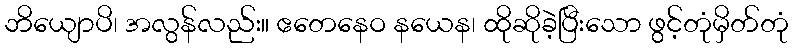
ဘိယျောပိ၊ အလွန်လည်း။ ဧတေနေဝ နယေန၊ ထိုဆိုခဲ့ပြီးသော ဖွင့်တုံမှိတ်တုံ